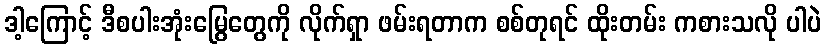
ဒါ့ကြောင့် ဒီစပါးအုံးမြွေတွေကို လိုက်ရှာ ဖမ်းရတာက စစ်တုရင် ထိုးတမ်း ကစားသလို ပါပဲ